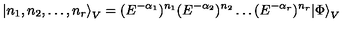
{ \left| n _ { 1 } , n _ { 2 } , \dots , n _ { r } \right\rangle } _ { V } = ( E ^ { - \alpha _ { 1 } } ) ^ { n _ { 1 } } ( E ^ { - \alpha _ { 2 } } ) ^ { n _ { 2 } } \dots ( E ^ { - \alpha _ { r } } ) ^ { n _ { r } } { | \Phi \rangle } _ { V }